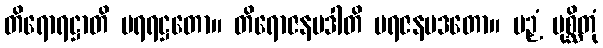
တိရောရဋ္ဌာတိ ပရရဋ္ဌတော။ တိရောဇနပဒါတိ ပရဇနပဒတော။ ပဉှံ ပုစ္ဆိတုံ